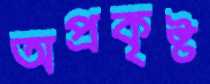
অপ্রকৃষ্ট